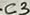
Text: C3